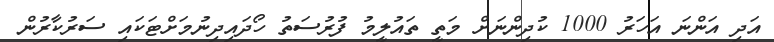
އަދި އަންނަ އަހަރު 1000 ކުދިންނަށް މަތީ ތައުލީމު ފުރުސަތު ހޯދައިދިނުމަށްޓަކައި ސަރުކާރުން